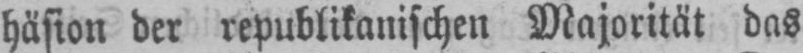
häsion der republikanischen Majorität das